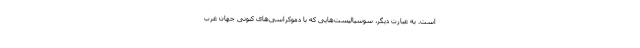
است. به عبارت دیگر، سوسیالیست‌هایی که با دموکراسی‌های کنونی جهان غرب